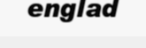
englad